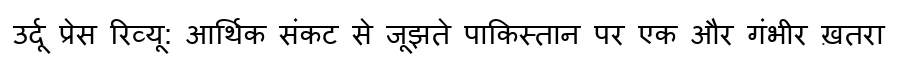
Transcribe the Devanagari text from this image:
उर्दू प्रेस रिव्यू: आर्थिक संकट से जूझते पाकिस्तान पर एक और गंभीर ख़तरा